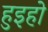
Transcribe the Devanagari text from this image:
हुइहो